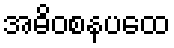
အဓိဝစနပထေ